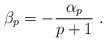
LaTeX: \begin{align*}\beta_p = -\frac{\alpha_p}{p+1}\ .\end{align*}